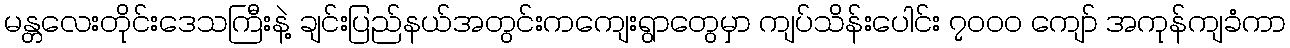
မန္တလေးတိုင်းဒေသကြီးနဲ့ ချင်းပြည်နယ်အတွင်းကကျေးရွာတွေမှာ ကျပ်သိန်းပေါင်း ၇၀၀၀ ကျော် အကုန်ကျခံကာ